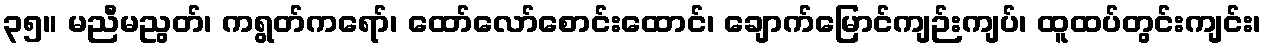
၃၅။ မညီမညွတ်၊ ကရွတ်ကရော်၊ ထော်လော်စောင်းထောင်၊ ချောက်မြောင်ကျဉ်းကျပ်၊ ထူထပ်တွင်းကျင်း၊